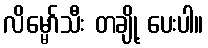
လိမ္မော်သီး တချို့ ပေးပါ။